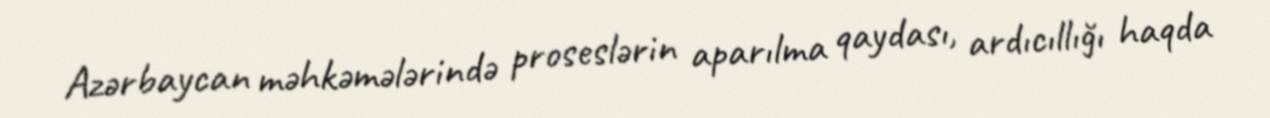
Azərbaycan məhkəmələrində proseslərin aparılma qaydası, ardıcıllığı haqda